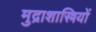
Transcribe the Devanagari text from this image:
मुद्राशास्त्रियों